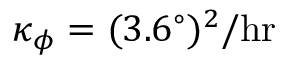
\kappa _ { \phi } = ( 3 . 6 ^ { \circ } ) ^ { 2 } / \mathrm { h r }